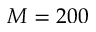
M = 2 0 0